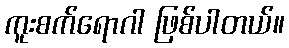
ကူးစက်ရောဂါ ဖြစ်ပါတယ်။